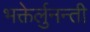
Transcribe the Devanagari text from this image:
भक्तेर्लुनन्ती